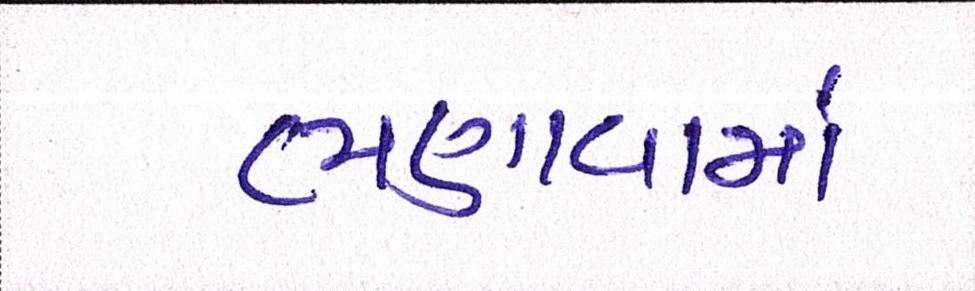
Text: ભણાવામાં